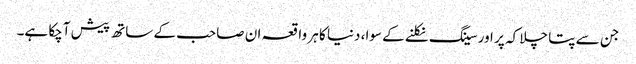
جن سے پتا چلا کہ پر اور سینگ نکلنے کے سوا، دنیا کا ہر واقعہ ان صاحب کے ساتھ پیش آچکا ہے۔